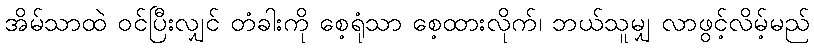
အိမ်သာထဲ ဝင်ပြီးလျှင် တံခါးကို စေ့ရုံသာ စေ့ထားလိုက်၊ ဘယ်သူမျှ လာဖွင့်လိမ့်မည်